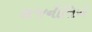
રાજનીતિએ